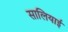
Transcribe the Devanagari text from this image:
सालियाई